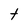
Character: t